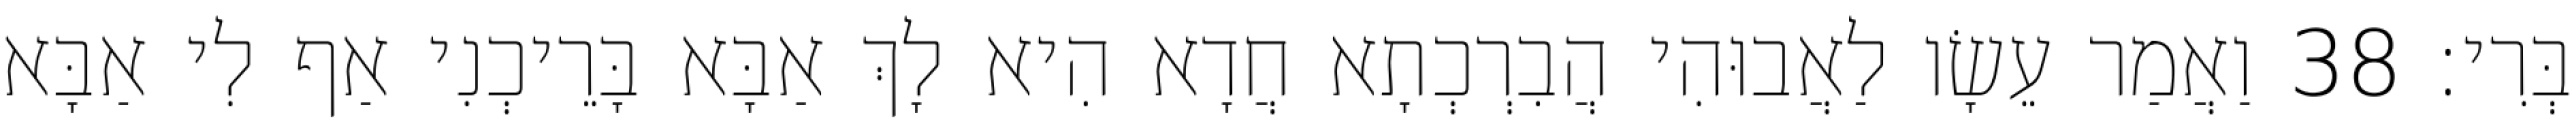
בְּרִי׃ 38 וַאֲמַר עֵשָׂו לַאֲבוּהִי הֲבִרְכְתָא חֲדָא הִיא לָךְ אַבָּא בָּרֵיכְנִי אַף לִי אַבָּא